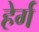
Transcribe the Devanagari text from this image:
हेर्ग